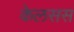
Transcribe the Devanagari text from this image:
केलसस